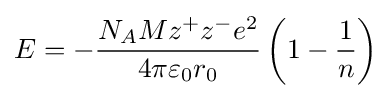
E=-{\frac {N_{A}Mz^{+}z^{-}e^{2}}{4\pi \varepsilon _{0}r_{0}}}\left(1-{\frac {1}{n}}\right)